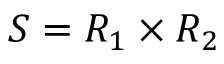
S = R _ { 1 } \times R _ { 2 }